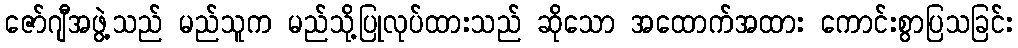
ဇော်ဂျီအဖွဲ့သည် မည်သူက မည်သို့ပြုလုပ်ထားသည် ဆိုသော အထောက်အထား ကောင်းစွာပြသခြင်း